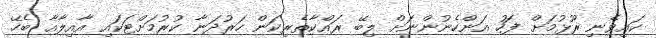
ކައިވެނި ރޫޅުމަށް ފަހު އަންހެނުންނަށް ލިބޭ ރައްކާތެރިކަން ހަރުދަނާ ކުރުމަށްޓަކައި އާއިލާއާ ބެހޭ